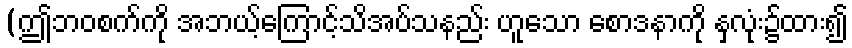
(ဤဘဝစက်ကို အဘယ့်ကြောင့်သိအပ်သနည်း ဟူသော စောဒနာကို နှလုံး၌ထား၍